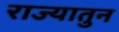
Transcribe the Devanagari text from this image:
राज्यातुन